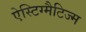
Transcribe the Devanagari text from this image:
ऐस्टिग्मैटिज्म